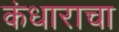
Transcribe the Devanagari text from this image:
कंधाराचा